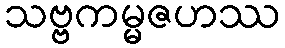
သဗ္ဗကမ္မဇဟဿ